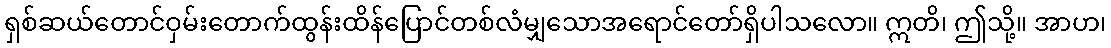
ရှစ်ဆယ်တောင်ဝှမ်းတောက်ထွန်းထိန်ပြောင်တစ်လံမျှသောအရောင်တော်ရှိပါသလော။ ဣတိ၊ ဤသို့။ အာဟ၊